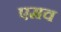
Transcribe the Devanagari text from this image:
एमव